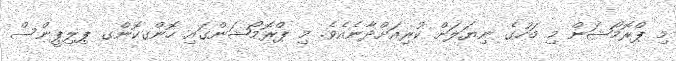
މި ޕްރޮމޯޝަން މި މަހުގެ ނިޔަލަށް ކުރިއަށްދާނެއެވެ. މި ޕްރޮމޯޝަންގައި ހޮންގކޮންގ ޕިލިޕީންސް